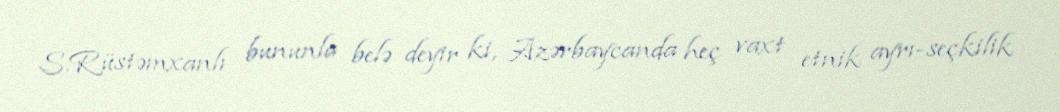
S.Rüstəmxanlı bununla belə deyir ki, Azərbaycanda heç vaxt etnik ayrı-seçkilik